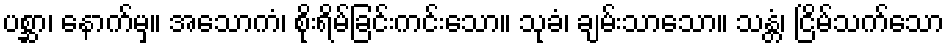
ပစ္ဆာ၊ နောက်မှ။ အသောကံ၊ စိုးရိမ်ခြင်းကင်းသော။ သုခံ၊ ချမ်းသာသော။ သန္တံ၊ ငြိမ်သက်သော